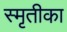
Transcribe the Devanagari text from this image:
स्मृतीका